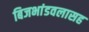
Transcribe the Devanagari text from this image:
बिजभांडवलासह